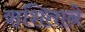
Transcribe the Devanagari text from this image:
ऋशिताने